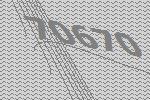
70670